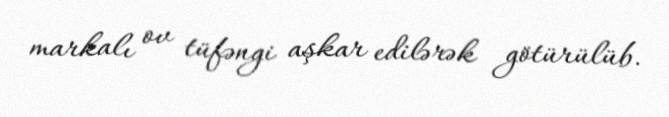
markalı ov tüfəngi aşkar edilərək götürülüb.